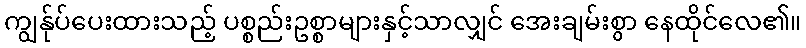
ကျွန်ုပ်ပေးထားသည့် ပစ္စည်းဥစ္စာများနှင့်သာလျှင် အေးချမ်းစွာ နေထိုင်လေ၏။